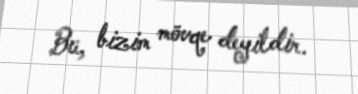
Bu, bizim mövqe deyildir.